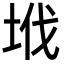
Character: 㘺